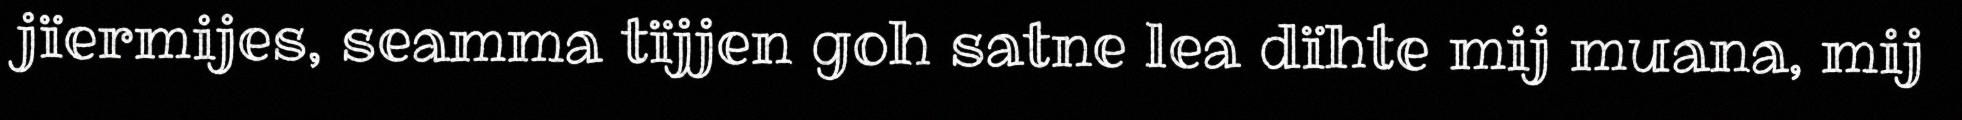
jïermijes, seamma tïjjen goh satne lea dïhte mij muana, mij